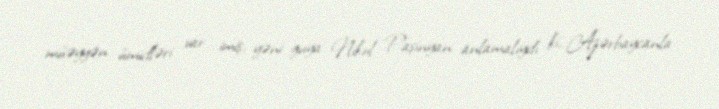
müəyyən ümidləri var imiş, yəni guya Nikol Paşinyan anlamalıydı ki, Azərbaycanla